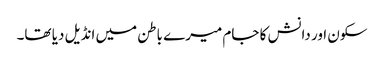
سکون اور دانش کا جام میرے باطن میں انڈیل دیا تھا۔